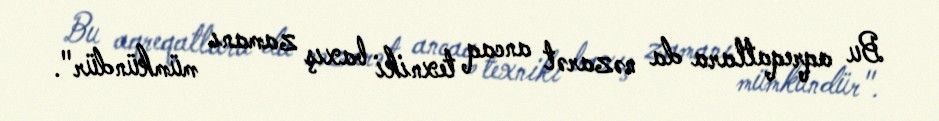
Bu aqreqatlara da nəzarət ancaq texniki baxış zamanı mümkündür".